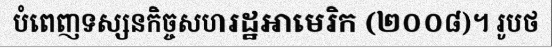
បំពេញទស្សនកិច្ចសហរដ្ឋអាមេរិក (២០០៨)។ រូបថ